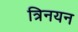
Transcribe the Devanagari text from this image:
त्रिनयन